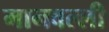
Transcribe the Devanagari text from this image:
मानवल्ली